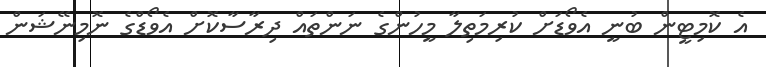
އެ ކޮމިޓީން ބުނީ އެވޯޑަށް ކުރިމަތިލާ މީހުންގެ ނަންތައް ދިރާސާކޮށް އެވޯޑްގެ ނޮމިނޭޝަން